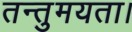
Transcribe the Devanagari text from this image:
तन्तुमयता।